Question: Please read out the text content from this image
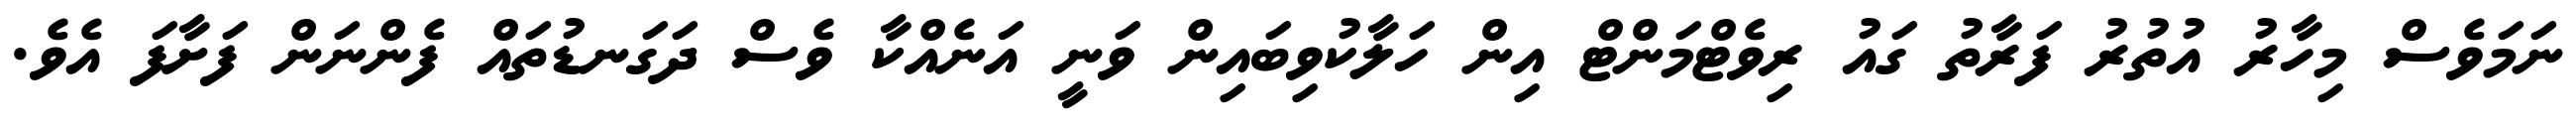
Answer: ނަމަވެސް މިހާރު އުތުރު ފަރާތު ގައު ރިވެޓްމަންޓް އިން ހަލާކުވިބައިން ވަނީ އަނެއްކާ ވެސް ދަގަނޑުތައް ފެންނަން ފަށާފަ އެވެ.